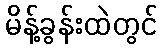
မိန့်ခွန်းထဲတွင်